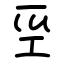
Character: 坙